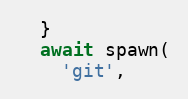
Language: JavaScript
  }
  await spawn(
    'git',